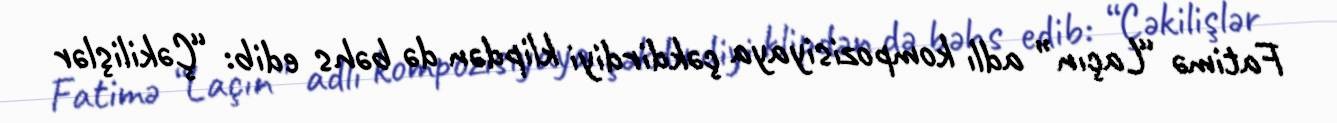
Fatimə “Laçın” adlı kompozisiyaya çəkdirdiyi klipdən də bəhs edib: “Çəkilişlər